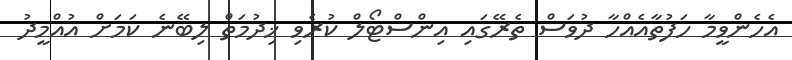
އެހެންވީމާ ހަފުތާއެއްހާ ދުވަސް ތެރޭގައި އިންސްޓޯލް ކުރެވި ޚިދުމަތް ލިބޭނެ ކަމަށް އުއްމީދު